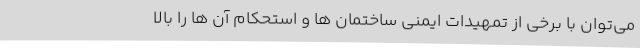
می‌توان با برخی از تمهیدات ایمنی ساختمان ها و استحکام آن ها را بالا